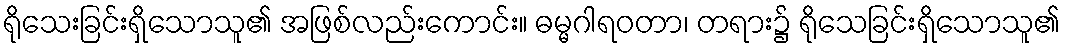
ရိုသေးခြင်းရှိသောသူ၏ အဖြစ်လည်းကောင်း။ ဓမ္မဂါရဝတာ၊ တရား၌ ရိုသေခြင်းရှိသောသူ၏